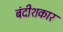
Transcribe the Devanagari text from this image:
बंदीशकार